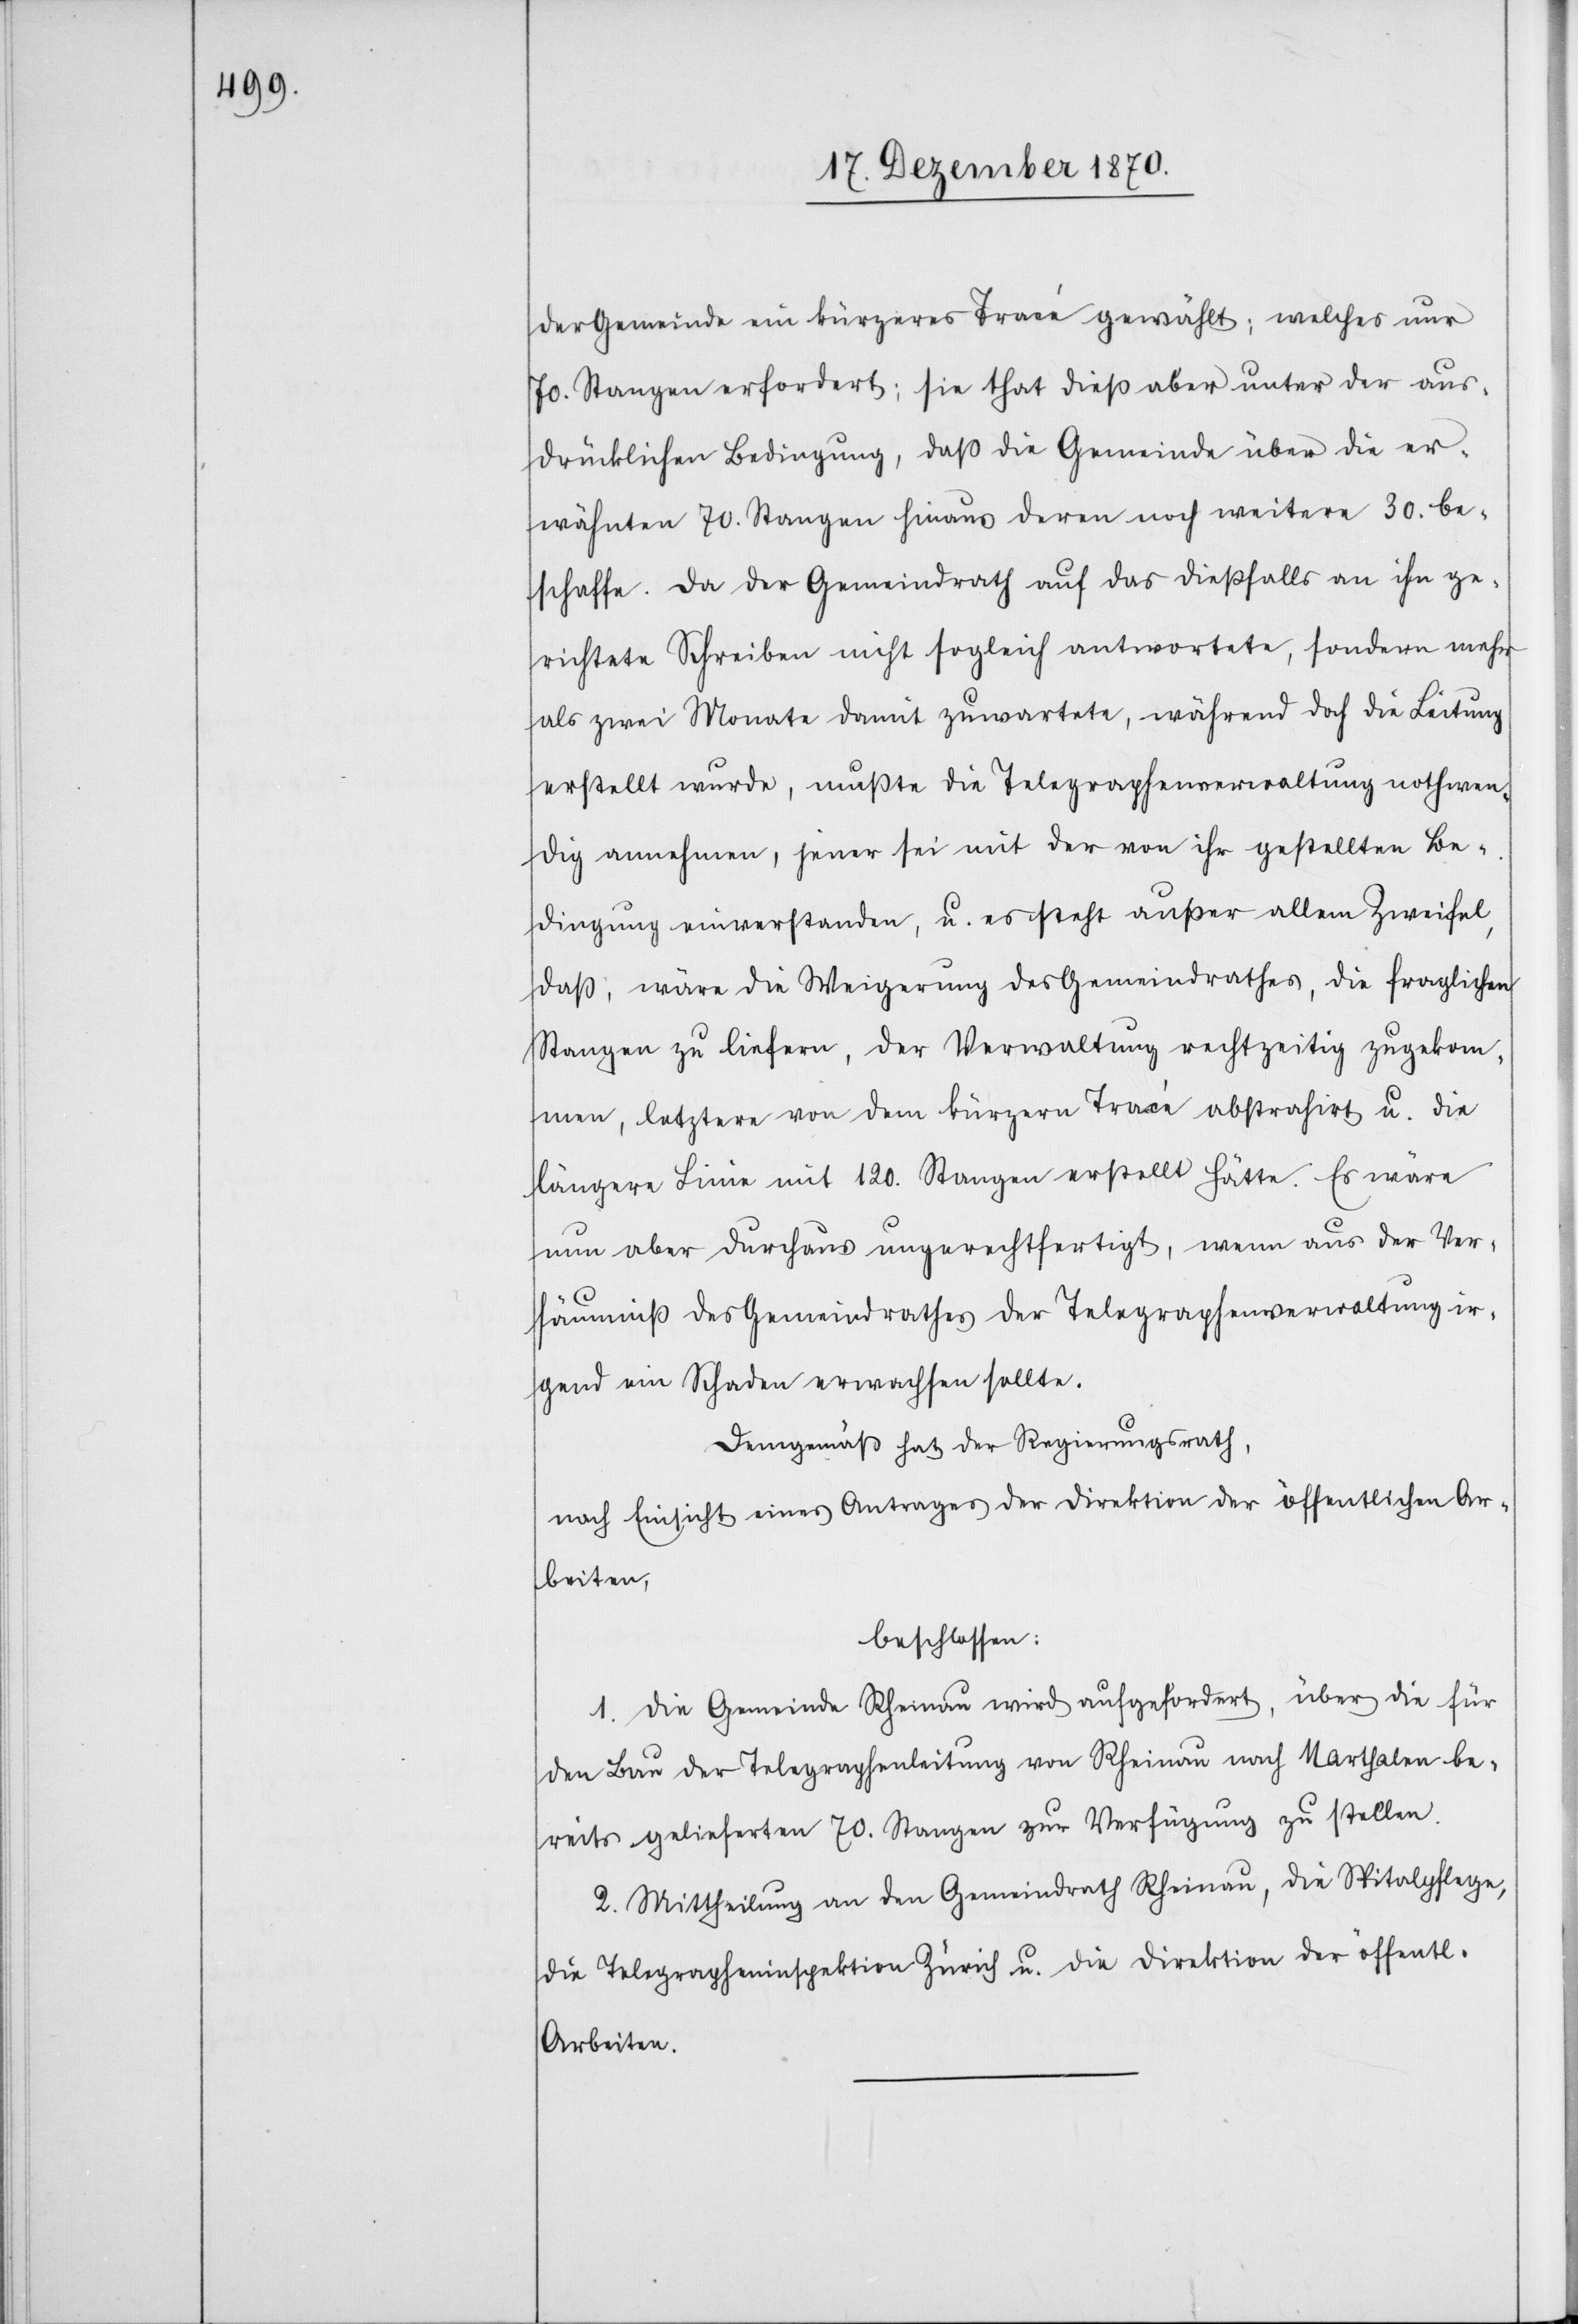
der Gemeinde ein kürzeres Tracé gewählt; welches nur
70. Stangen erfordert; sie that dieß aber unter der aus¬
drücklichen Bedingung, daß die Gemeinde über die er¬
wähnten 70. Stangen hinaus deren noch weitere 30. be¬
schaffe. Da der Gemeindrath auf das dießfalls an ihn ge¬
richtete Schreiben nicht sogleich antwortete, sondern mehr
als zwei Monate damit zuwartete, während doch die Leitung
erstellt wurde, mußte die Telegraphenverwaltung nothwen¬
dig annehmen, jener sei mit der von ihr gestellten Be¬
dingung einverstanden, u. es steht außer allem Zweifel,
daß, wäre die Weigerung des Gemeindrathes, die fraglichen
Stangen zu liefern, der Verwaltung rechtzeitig zugekom¬
men, letztere von dem kürzern Tracé abstrahirt u. die
längere Linie mit 120. Stangen erstellt hätte. Es wäre
nun aber durchaus ungerechtfertigt, wenn aus der Ver¬
säumniß des Gemeindrathes der Telegraphenverwaltung ir¬
gend ein Schaden erwachsen sollte.
Demgemäß hat der Regierungsrath,
nach Einsicht eines Antrages der Direktion der öffentlichen Ar¬
beiten,
beschlossen:
1. Die Gemeinde Rheinau wird aufgefordert, über die für
den Bau der Telegraphenleitung von Rheinau nach Marthalen be¬
reits gelieferten 70. Stangen zur Verfügung zu stellen.
2. Mittheilung an den Gemeindrath Rheinau, die Spitalpflege,
die Telegrapheninspektion Zürich u. die Direktion der öffentl.
Arbeiten.